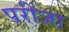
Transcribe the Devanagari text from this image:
परींजा